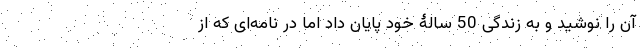
آن را نوشید و به زندگی 50 سالۀ خود پایان داد اما در نامه‌ای که از